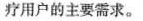
疗用户的主要需求。